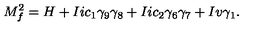
M _ { f } ^ { 2 } = H + I i c _ { 1 } \gamma _ { 9 } \gamma _ { 8 } + I i c _ { 2 } \gamma _ { 6 } \gamma _ { 7 } + I v \gamma _ { 1 } .